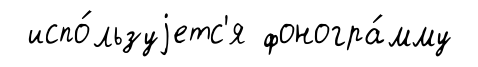
испо́льзуjетс'я фоногра́мму